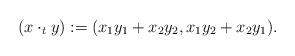
LaTeX: \begin{align*}(x\cdot_t y):=(x_1y_1+x_2y_2,x_1y_2+x_2y_1). \end{align*}